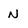
Character: n